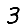
Digit: 3